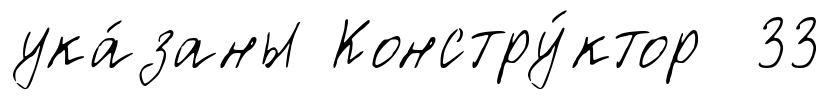
ука́заны Констру́ктор 33